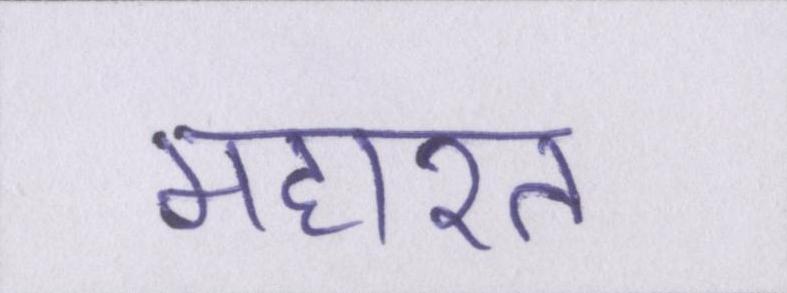
महारत